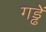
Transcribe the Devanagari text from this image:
गड्ढें